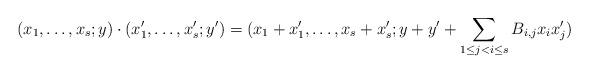
LaTeX: \begin{align*} (x_{1},\dots,x_{s}; y)\cdot(x'_{1},\dots,x'_{s}; y')=(x_{1}+x'_{1},\dots,x_{s}+x'_{s}; y+y'+\sum_{1\leq j<i\leq s}B_{i,j}x_{i}x'_{j}) \end{align*}